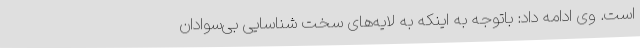
است. وی ادامه داد: باتوجه به اینکه به لایه‌های سخت شناسایی بی‌سوادان